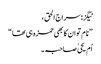
ٹیگز:سراج الحق ،
” نام تو ان کا بھی حمزہ ہی تھا “
اُم یحیٰ صاحبہ ۔